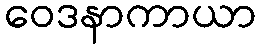
ဝေဒနာကာယာ